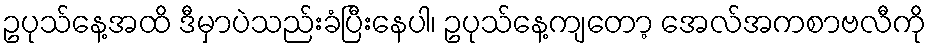
ဥပုသ်နေ့အထိ ဒီမှာပဲသည်းခံပြီးနေပါ၊ ဥပုသ်နေ့ကျတော့ အေလ်အကစာဗလီကို